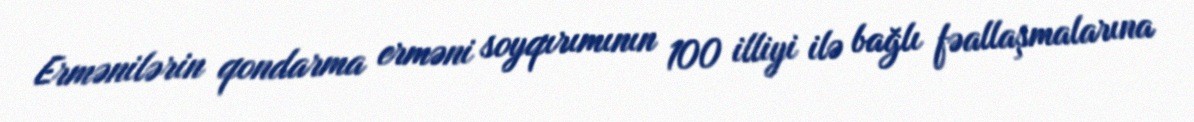
Ermənilərin qondarma erməni soyqırımının 100 illiyi ilə bağlı fəallaşmalarına